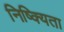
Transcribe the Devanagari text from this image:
निष्क्यिता